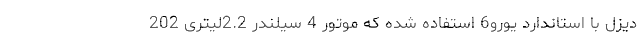
دیزل با استاندارد یورو6 استفاده شده که موتور 4 سیلندر 2.2لیتری 202